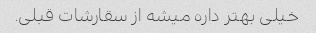
خیلی بهتر داره میشه از سقارشات قبلی.